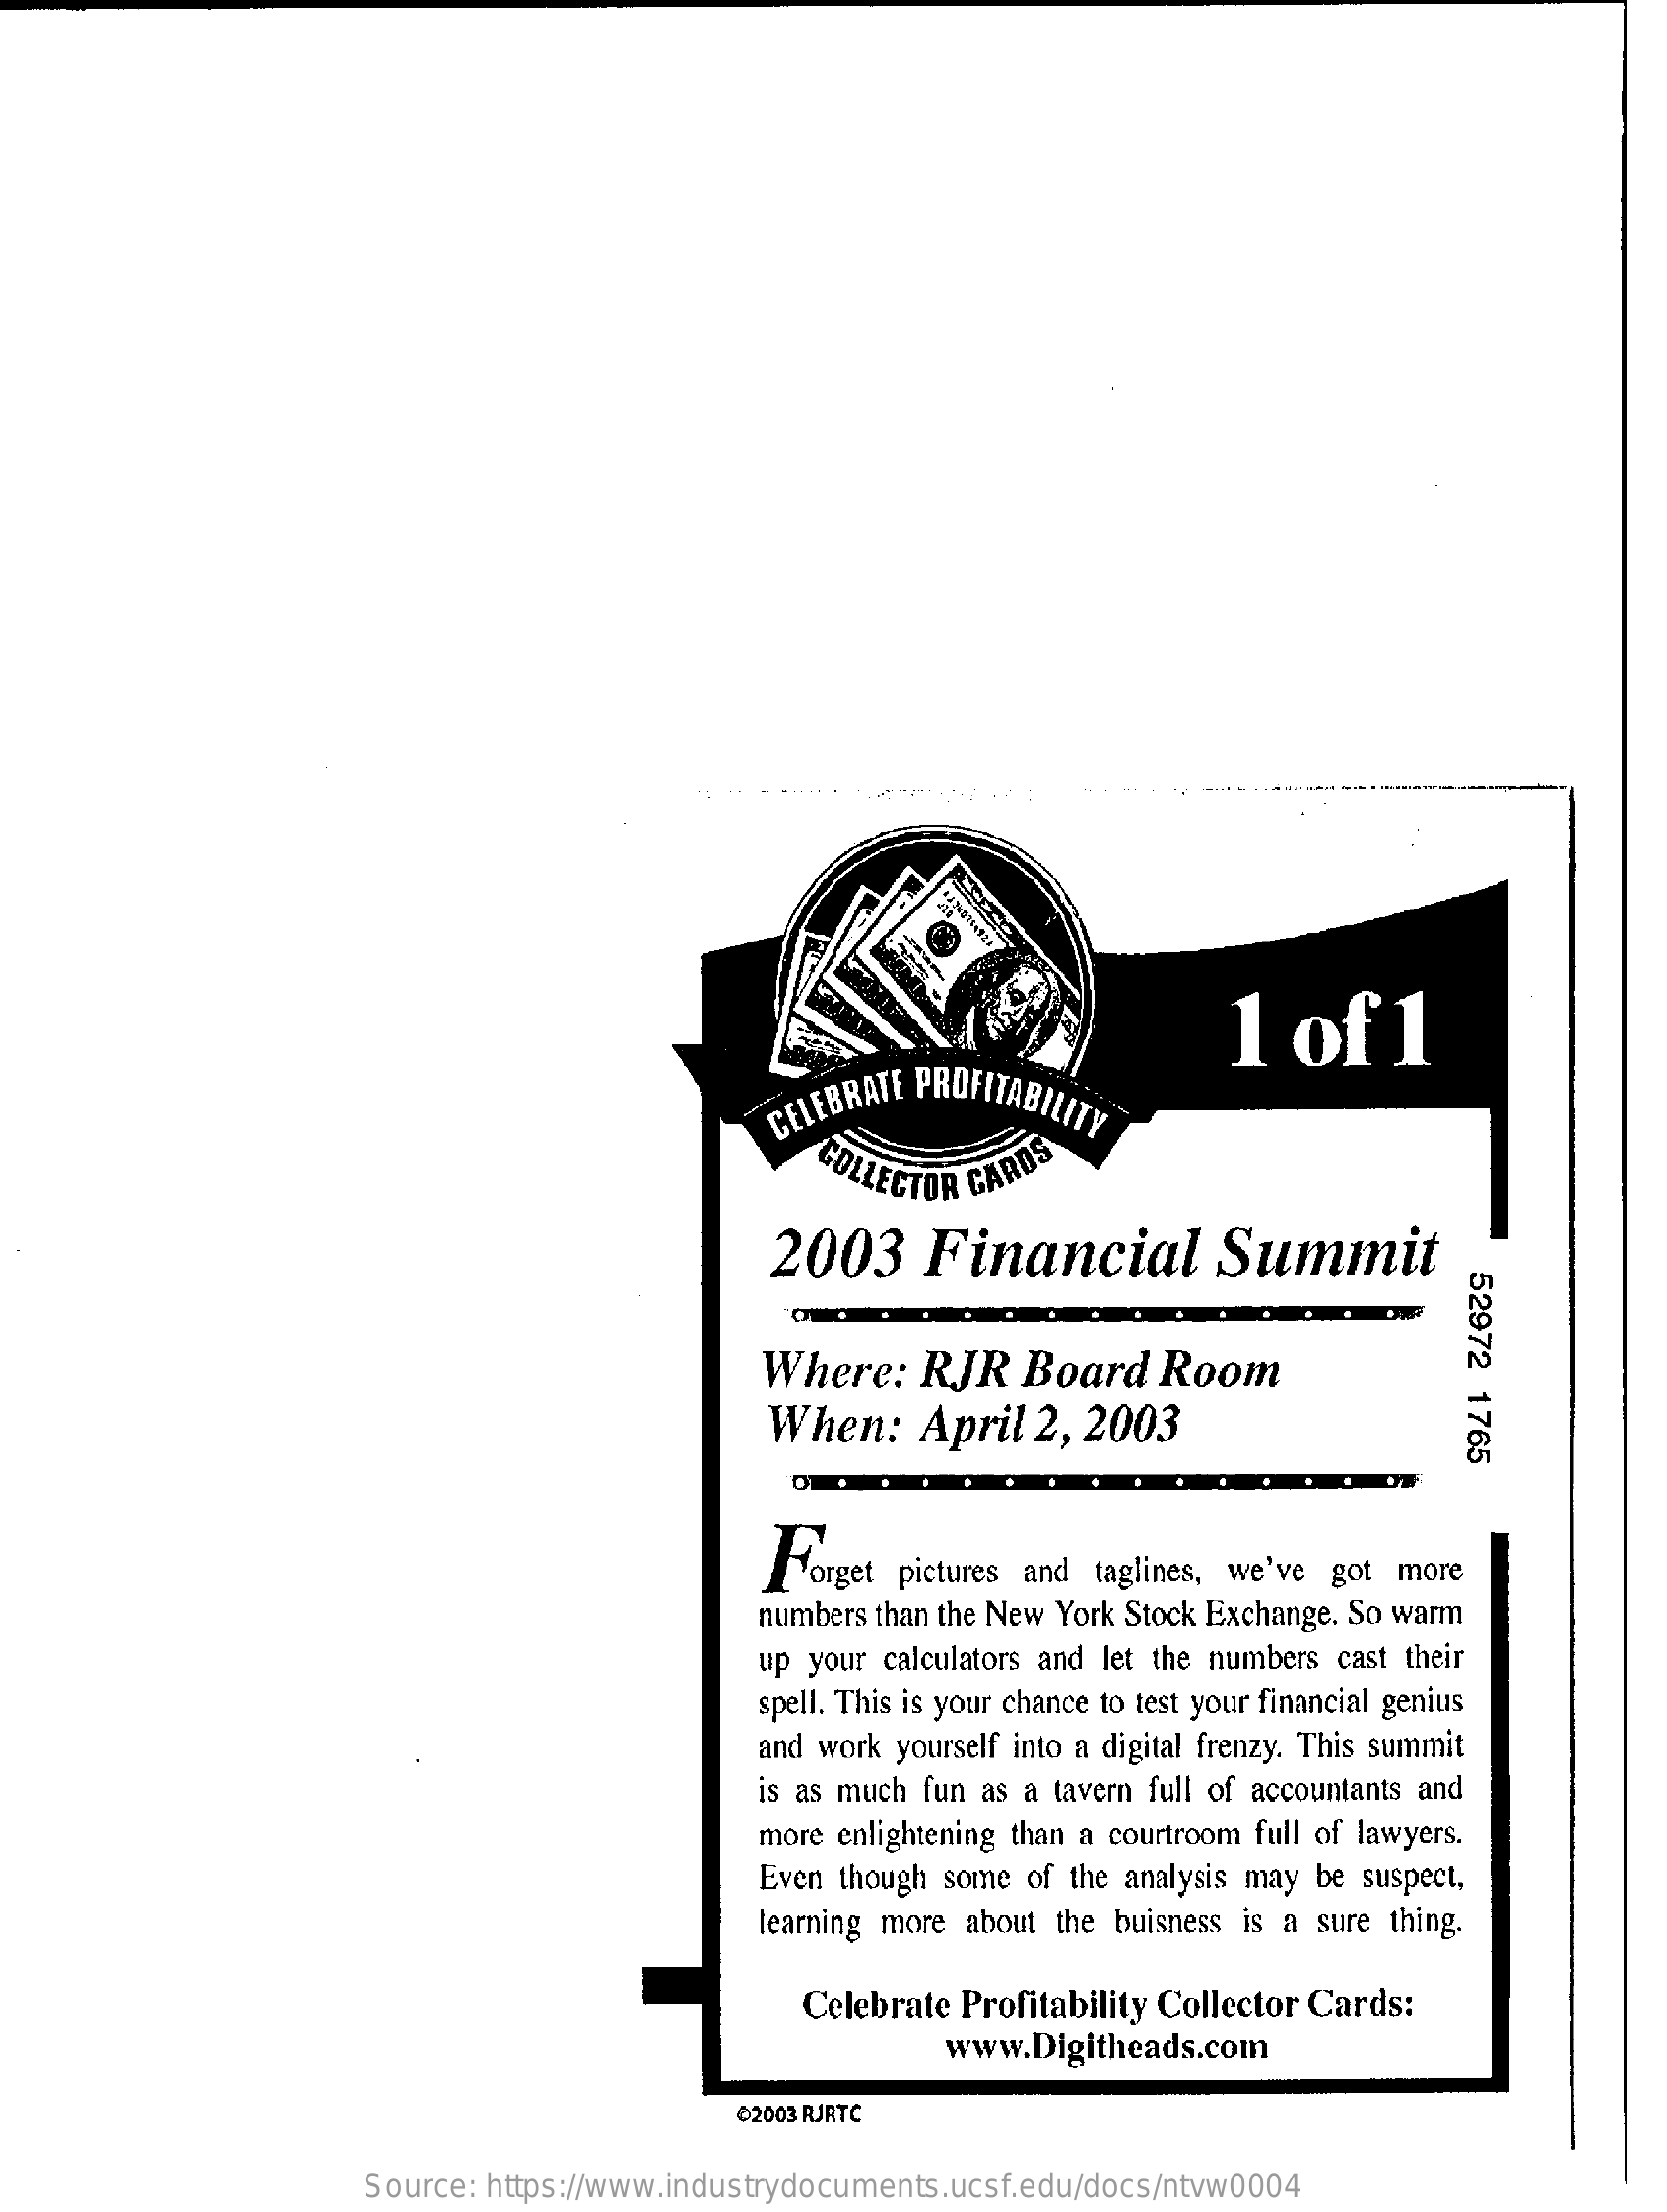
CELEBRATE PROFITABILITY
     1  of    1
     COLLECTOR CARDS
     2003    Financial    Summit
     52972
     1765
     Where:    RJR   Board    Room
     When:    April   2, 2003
     Forget  pictures and taglines, we've got more
     numbers than the New York Stock Exchange. So warm
     up your calculators and let the numbers cast their
     spell. This is your chance to test your financial genius
     and work yourself into a digital frenzy. This summit
     is as much fun as a tavern full of accountants and
     more enlightening than a courtroom full of lawyers.
     Even though some of the analysis may be suspect,
     learning more about the buisness is a sure thing.
     Celebrate Profitability Collector Cards:
     www.Digitheads.com
     ®2003 RJRTC
     Source: https://www.industrydocuments.ucsf.edu/docs/ntvw0004